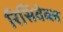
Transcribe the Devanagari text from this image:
रिसिवेब्ल